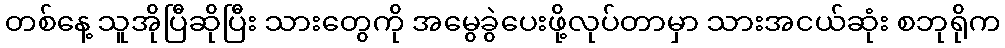
တစ်နေ့ သူအိုပြီဆိုပြီး သားတွေကို အမွေခွဲပေးဖို့လုပ်တာမှာ သားအငယ်ဆုံး စဘုရိုက